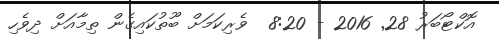
އޮކްޓޯބަރު 28